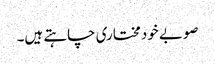
صوبے خودمختاری چاہتے ہیں۔